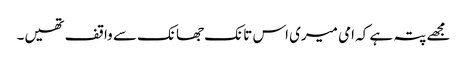
مجھے پتہ ہے کہ امی میری اس تانک جھانک سے واقف تھیں۔